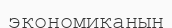
экономиканын